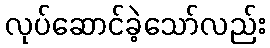
လုပ်ဆောင်ခဲ့သော်လည်း